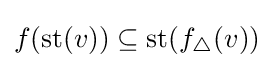
f({\text{st}}(v))\subseteq {\text{st}}(f_{\triangle }(v))